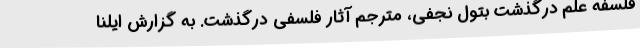
فلسفه علم درگذشت بتول نجفی، مترجم آثار فلسفی درگذشت. به گزارش ایلنا